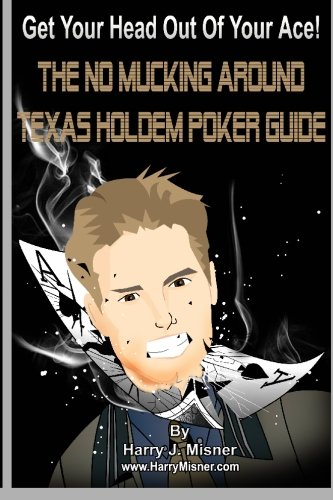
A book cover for Get Your Head Out Of Your Ace! Black & White Edition: The No Mucking Around Texas Holdem Poker Guide; Harry J. Misner; Humor & Entertainment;